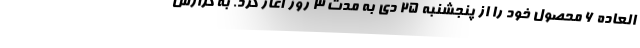
العاده 6 محصول خود را از پنجشنبه 25 دی به مدت 3 روز آغاز کرد. به گزارش